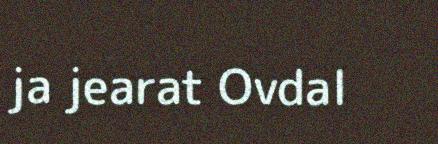
ja jearat Ovdal